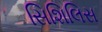
સિશિલિસ